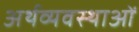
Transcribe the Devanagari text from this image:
अर्थव्यवस्थाआें